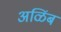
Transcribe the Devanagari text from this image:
अळिंब